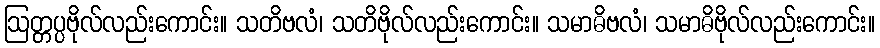
ဩတ္တပ္ပဗိုလ်လည်းကောင်း။ သတိဗလံ၊ သတိဗိုလ်လည်းကောင်း။ သမာဓိဗလံ၊ သမာဓိဗိုလ်လည်းကောင်း။